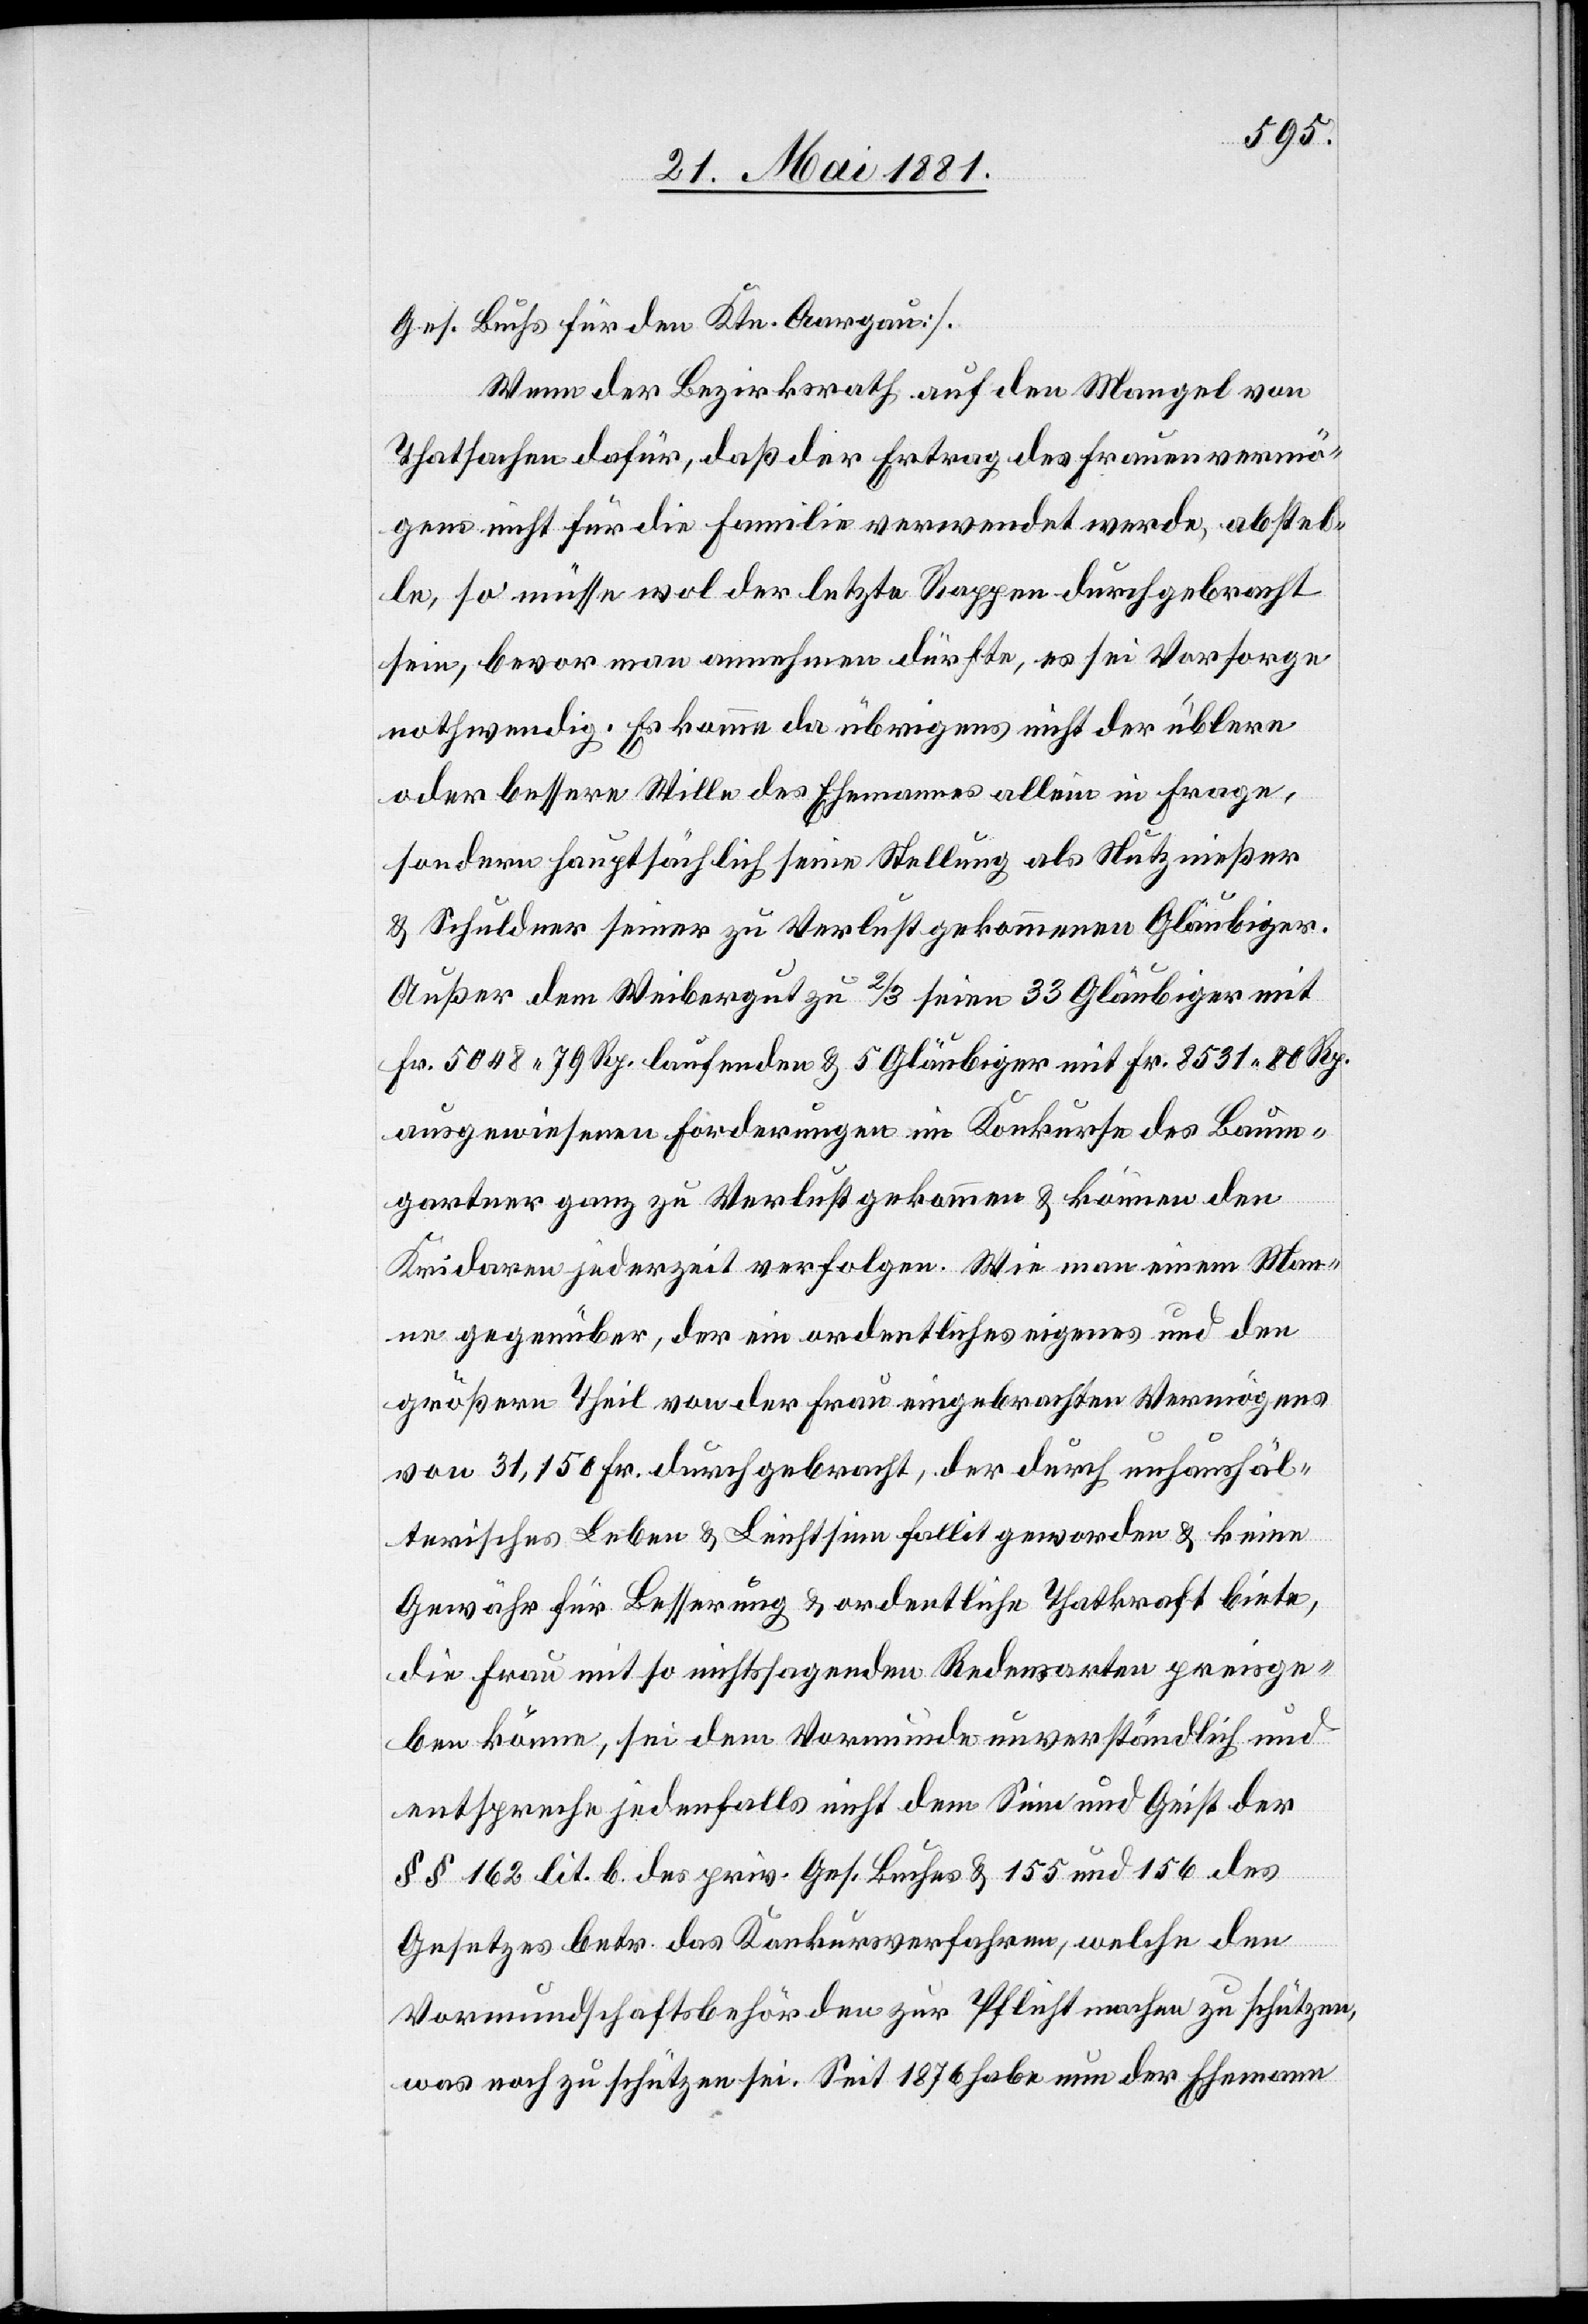
Ges. Buches für den Ktn. Aargau].
Wenn der Bezirksrath auf den Mangel von
Thatsachen dafür, daß der Ertrag des Frauenvermö¬
gens nicht für die Familie verwendet werde, abstel¬
le, so müsse wol der letzte Rappen durchgebracht
sein, bevor man annehmen dürfte, es sei Vorsorge
nothwendig. Es komme da übrigens nicht der üblere
oder bessere Wille des Ehemannes allein in Frage
sondern hauptsächlich seine Stellung, als Nutznießer
& Schuldner seiner zu Verlust gekommenen Gläubiger.
Außer dem Weibergut zu 2/3 seine 33 Gläubiger mit
Fr. 5048 79 Rp. laufende & 5 Gläubiger mit Fr. 8531 80 Rp.
ausgewiesenen Forderungen im Konkurse des Baum¬
gartner ganz zu Verlust gekommen & können den
Kridaren jederzeit verfolgen. Wie man einem Man¬
ne gegenüber, der ein ordentliches eigenes und den
größern Theil von der Frau eingebrachten Vermögens
von 31,150 Fr. durchgebracht, der durch unhaushäl¬
terisches Leben & Leichtsinn fallit geworden & keine
Gewähr für Besserung & ordentliche Thatkraft biete,
die Frau mit so nichtssagenden Redensarten preisge¬
ben könne, sei dem Vormunde unverständlich und
entspreche jedenfalls nicht dem Sinne und Geist der
§§ 162 lit. b des priv. Ges. Buches & 155 und 156 des
Gesetzes betr. des Konkursverfahren, welche den
Vormundschaftsbehörden zur Pflicht machen zu schützen,
was noch zu schützen sei. Seit 1876 habe nun der Ehemann